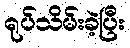
ရုပ်သိမ်းခဲ့ပြီး